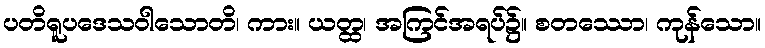
ပတိရူပဒေသဝါသောတိ၊ ကား။ ယတ္ထ၊ အကြင်အရပ်၌။ စတဿော၊ ကုန်သော။